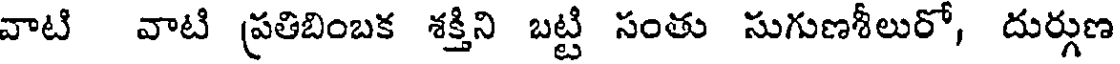
వాటి వాటి ప్రతిబింబక శక్తిని బట్టి సంతు సుగుణశీలురో, దుర్గుణ